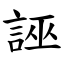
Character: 誣